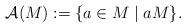
LaTeX: \begin{align*}\mathcal{A}(M) := \{a \in M \mid a M\}.\end{align*}